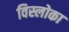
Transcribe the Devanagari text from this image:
विस्लोका